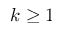
k \geq 1